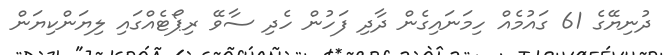
ދުނިޔޭގެ 61 ގައުމެއް ހިމަނައިގެން ދާދި ފަހުން ހެދި ސާވޭ ރިޕޯޓެއްގައި ލިޔަންކިޔަން